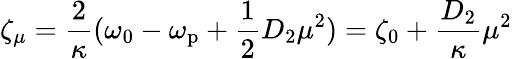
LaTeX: \zeta_{\mu}=\frac{2}{\kappa}(\omega_{0}-\omega_{\mathrm{p}}+\frac{1}{2}D_{2}\mu^{2})=\zeta_{0}+\frac{D_{2}}{\kappa}\mu^{2}